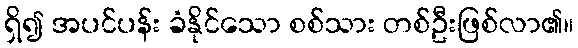
ရှိ၍ အပင်ပန်း ခံနိုင်သော စစ်သား တစ်ဦးဖြစ်လာ၏။